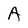
Character: A